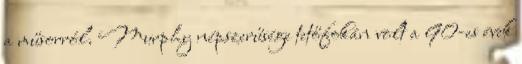
a műsorról. Murphy népszerűsége tetőfokán volt a 90-es évek